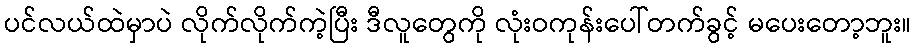
ပင်လယ်ထဲမှာပဲ လိုက်လိုက်ကဲ့ပြီး ဒီလူတွေကို လုံးဝကုန်းပေါ်တက်ခွင့် မပေးတော့ဘူး။